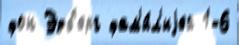
фон Эдб'ерг фам'и́л'иjей 1-6